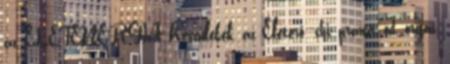
az ÉLETENERGIA Készülékek, az Életerő -chi, prana, od, orgon,